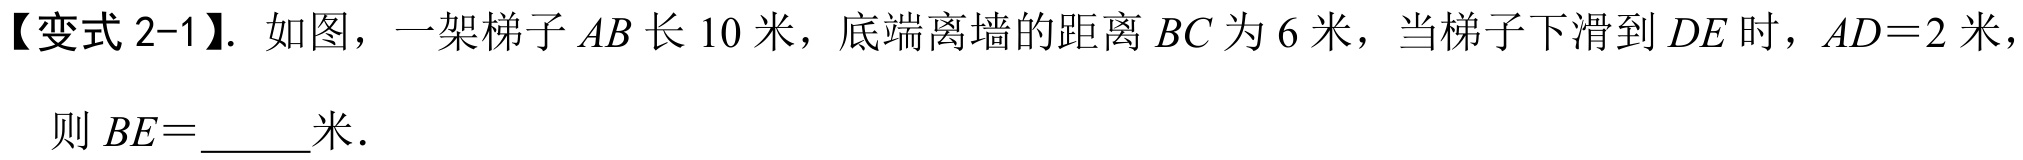
【变式 2-1】. 如图，一架梯子 \(AB\) 长 \(10\) 米，底端离墙的距离 \(BC\) 为 \(6\) 米，当梯子下滑到 \(DE\) 时，\(AD = 2\) 米，
则 \(BE=\)  米．